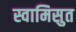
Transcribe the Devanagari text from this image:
स्वामिसुत